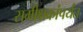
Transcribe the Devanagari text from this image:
समीक्षकांपर्यंत